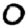
Digit: 0